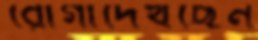
রোগীদেখছেন